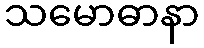
သမောဓာနာ